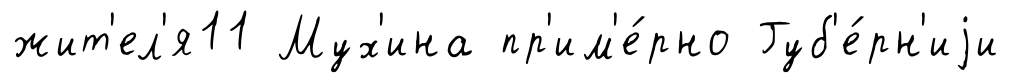
жит'ел'я11 Мух'ина пр'им'е́рно Губ'е́рн'иjи